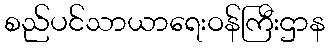
စည်ပင်သာယာရေးဝန်ကြီးဌာန